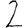
Digit: 2